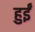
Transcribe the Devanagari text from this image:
हुर्इं